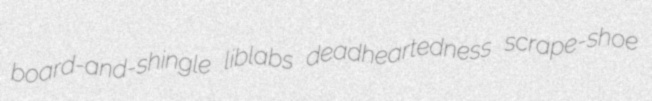
board-and-shingle liblabs deadheartedness scrape-shoe